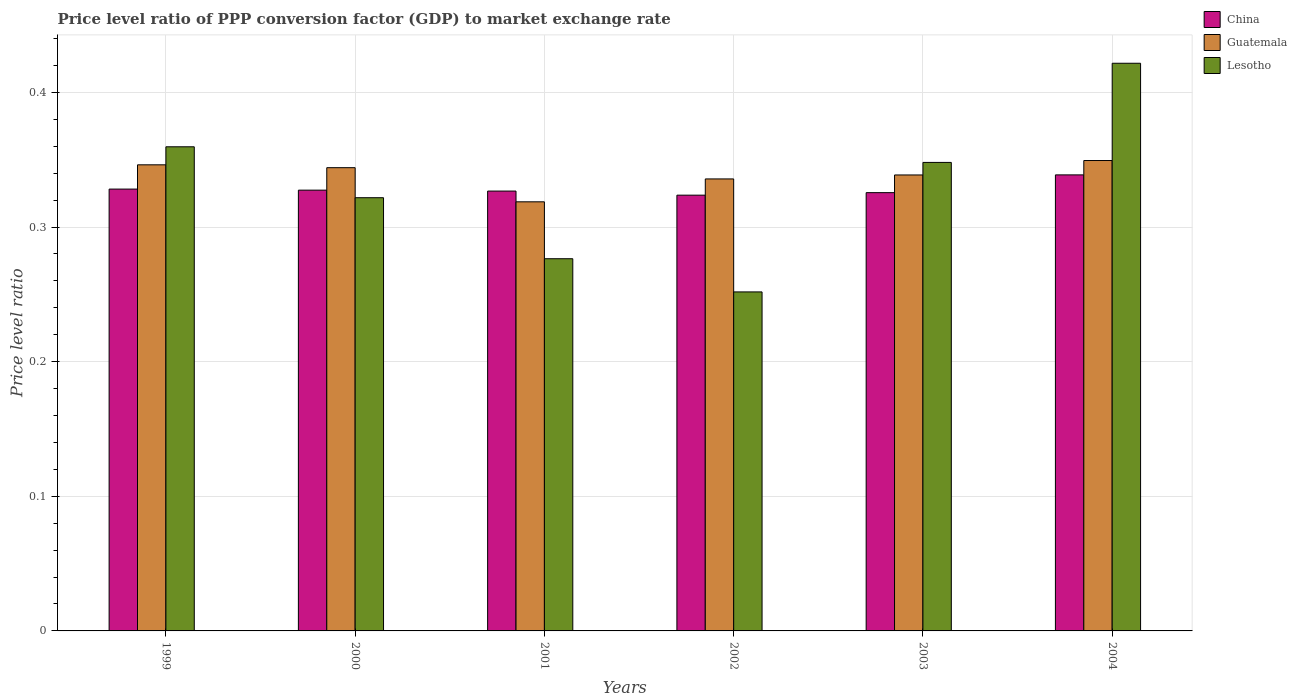
| Years | China | Guatemala | Lesotho |
 | --- | --- | --- | --- |
 | 1999 | 0.328 | 0.346 | 0.36 |
 | 2000 | 0.327 | 0.344 | 0.322 |
 | 2001 | 0.327 | 0.319 | 0.276 |
 | 2002 | 0.324 | 0.336 | 0.252 |
 | 2003 | 0.326 | 0.339 | 0.348 |
 | 2004 | 0.339 | 0.349 | 0.422 |